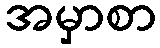
အမှာစာ